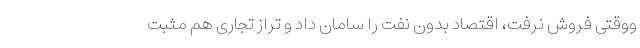
ووقتی فروش نرفت، اقتصاد بدون نفت را سامان داد و تراز تجاری هم مثبت